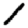
Digit: 1